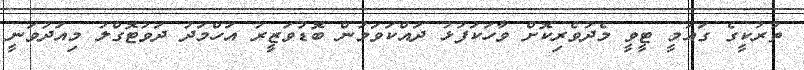
ތުރުކީގެ ގައުމީ ޓީވީ މެދުވެރިކޮށް ވާހަކަފުޅު ދައްކަވަމުން ބޮޑުވަޒީރު އަހްމަދު ދަވުޓޮގްލު މިއަދުވަނީ